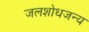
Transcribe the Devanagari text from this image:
जलशोधजन्य